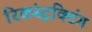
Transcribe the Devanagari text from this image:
रिकंस्ट्रक्टिंग